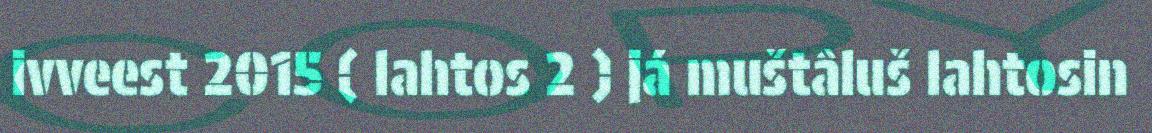
ivveest 2015 ( lahtos 2 ) já muštâluš lahtosin